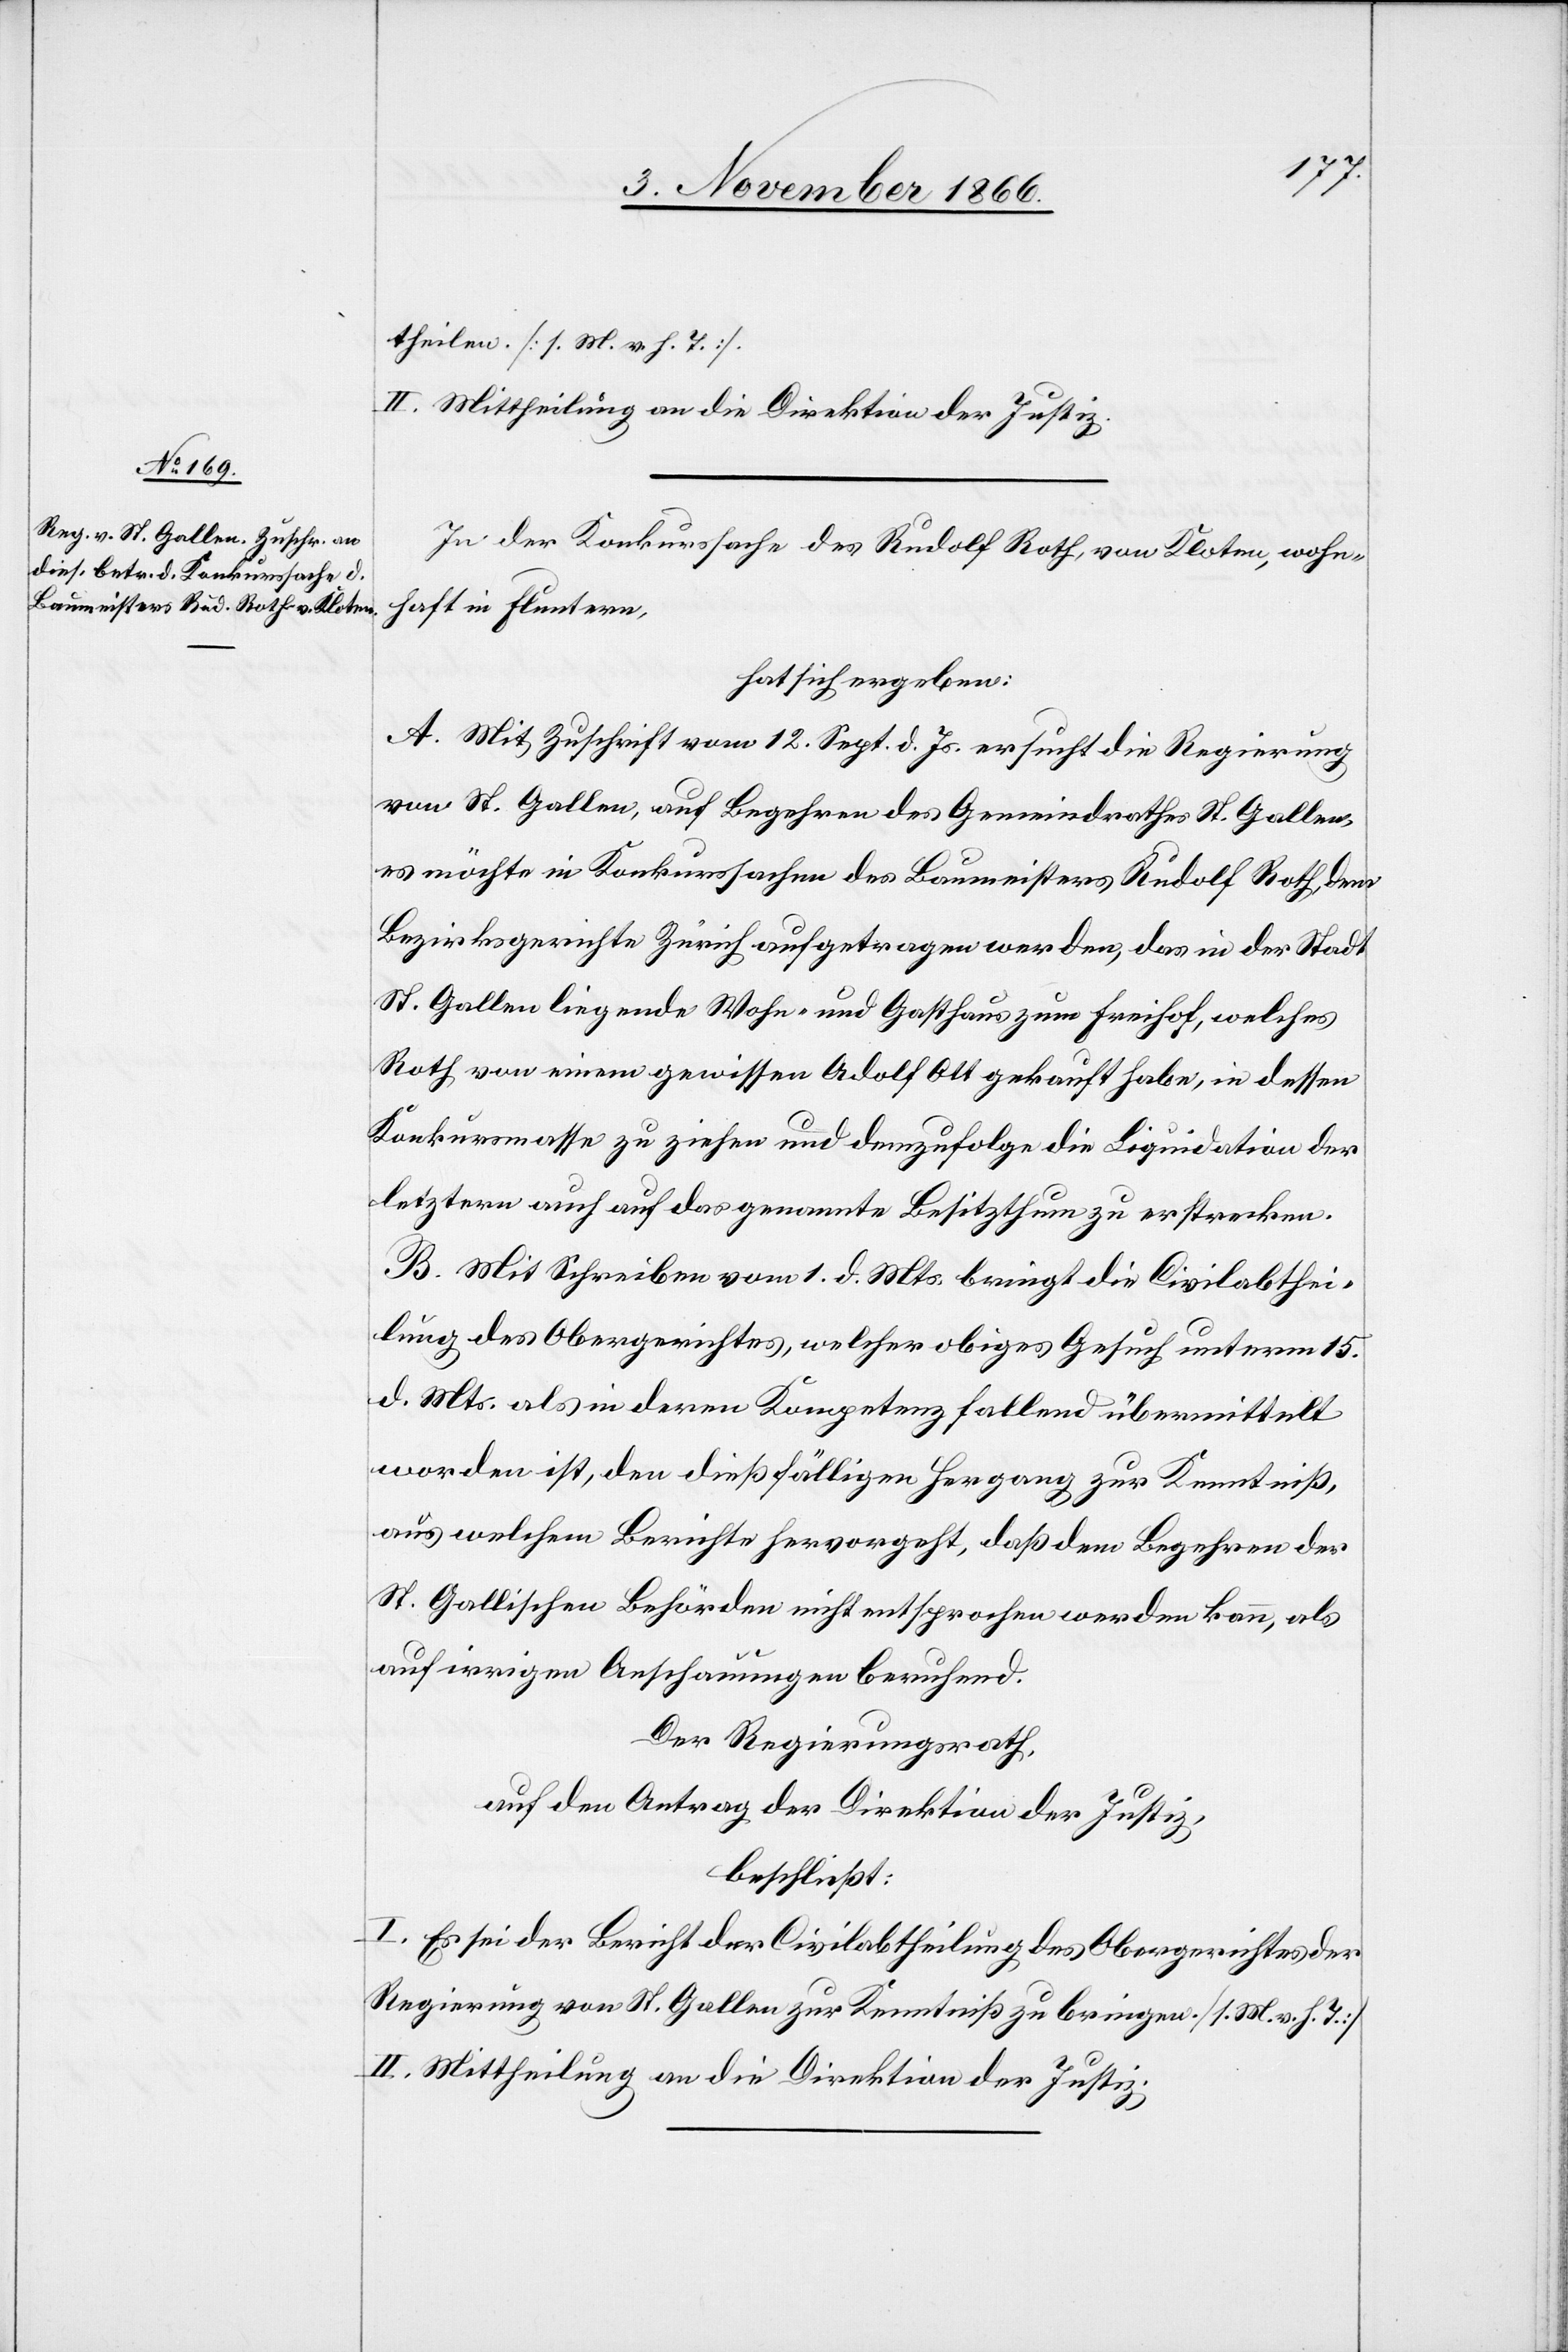
theilen [l. M. v. h. T.]
II. Mittheilung an die Direktion der Justiz.
In der Konkurssache des Rudolf Roth, von Kloten, wohn¬
haft in Fluntern,
hat sich ergeben:
A. Mit Zuschrift vom 12. Sept. d. Js. ersucht die Regierung
von St. Gallen, auf Begehren des Gemeindrathes St. Gallen,
es möchte in Konkurssachen des Baumeisters Rudolf Roth, dem
Bezirksgerichte Zürich aufgetragen werden, das in der Stadt
St. Gallen liegende Wohn- und Gasthaus zum Freihof, welches
Roth von einem gewissen Adolf Ott gekauft habe, in dessen
Konkursmasse zu ziehen und demzufolge die Liquidation der
letztern auch auf das genannte Besitzthum zu erstrecken.
B. Mit Schreiben vom 1. d. Mts. bringt die Civilabthei¬
lung des Obergerichtes, welcher obiges Gesuch unterm 15.
d. Mts. als in deren Kompetenz fallend übermittelt
worden ist, den dießfälligen Hergang zur Kenntniß,
aus welchem Berichte hervorgeht, daß dem Begehren der
St. Gallischen Behörden nicht entsprochen werden kann, als
auf irrigen Anschauungen beruhend.
Der Regierungsrath,
auf den Antrag der Direktion der Justiz,
beschließt:
I. Es sei der Bericht der Civilabtheilung des Obergerichtes der
Regierung von St. Gallen zur Kenntniß zu bringen. [l. M. v. h. T.]
II. Mittheilung an die Direktion der Justiz.